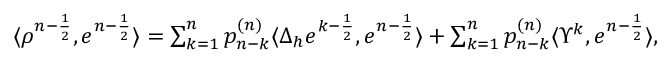
\begin{array} { r } { \langle \rho ^ { n - \frac { 1 } { 2 } } , e ^ { n - \frac { 1 } { 2 } } \rangle = \sum _ { k = 1 } ^ { n } p _ { n - k } ^ { ( n ) } \langle \Delta _ { h } e ^ { k - \frac { 1 } { 2 } } , e ^ { n - \frac { 1 } { 2 } } \rangle + \sum _ { k = 1 } ^ { n } p _ { n - k } ^ { ( n ) } \langle \Upsilon ^ { k } , e ^ { n - \frac { 1 } { 2 } } \rangle , } \end{array}